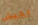
لجيش